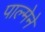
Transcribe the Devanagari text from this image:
पाल्मेने